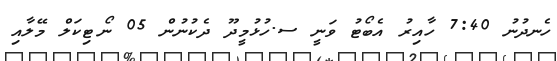
ހެނދުނު 7:40 ހާއިރު އެބޯޓު ވަނީ ސ.ހުޅުމީދޫ ދެކުނުން 05 ނޯޓިކަލް މޭލާއި